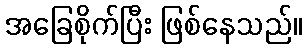
အခြေစိုက်ပြီး ဖြစ်နေသည်။